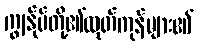
ကျွန်ုပ်တို့၏ထုတ်ကုန်များ၏